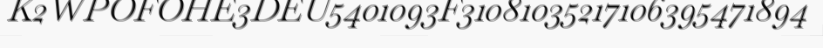
K2WPOFOHE3DEU5401093F31081035217106395471894